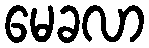
မေခလာ